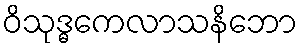
ဝိသုဒ္ဓကေလာသနိဘော